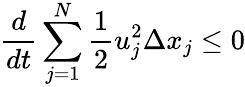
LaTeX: \frac{d}{dt}\sum_{j=1}^{N}\frac{1}{2}u_{j}^{2}\Delta x_{j}\le 0